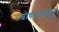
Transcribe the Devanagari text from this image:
संशोधनापासून